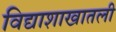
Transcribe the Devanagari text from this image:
विद्याशाखातली